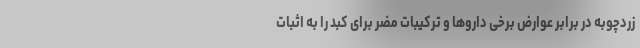
زردچوبه در برابر عوارض برخی داروها و ترکیبات مضر برای کبد را به اثبات